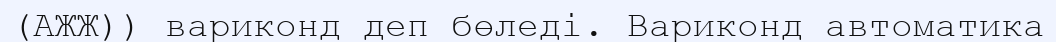
(АЖЖ)) вариконд деп бөледі. Вариконд автоматика